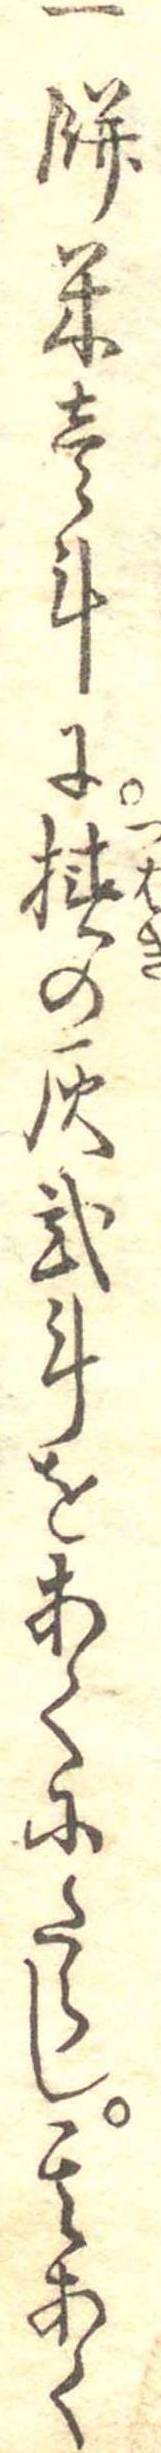
一餅米壱斗に椿の灰弐斗をあくにたらし其あく